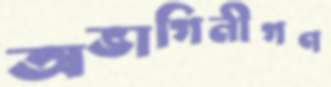
অভাগিনীগণ